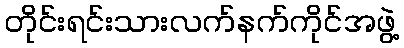
တိုင်းရင်းသားလက်နက်ကိုင်အဖွဲ့